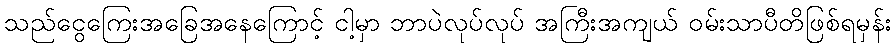
သည်ငွေကြေးအခြေအနေကြောင့် ငါ့မှာ ဘာပဲလုပ်လုပ် အကြီးအကျယ် ဝမ်းသာပီတိဖြစ်ရမှန်း